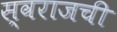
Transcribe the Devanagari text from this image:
स्वराजची